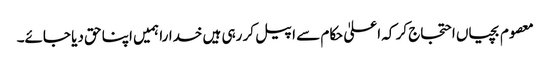
معصوم بچیاں احتجاج کر کہ اعلیٰ حکام سے اپیل کر رہی ہیں خدارا ہمیں اپنا حق دیا جائے۔